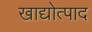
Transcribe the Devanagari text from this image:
खाद्योत्पाद